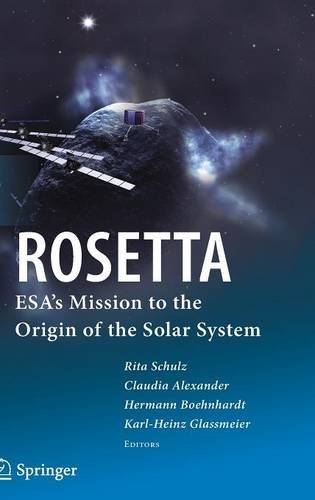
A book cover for ROSETTA: ESA's Mission to the Origin of the Solar System; Science & Math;